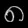
Digit: ၈